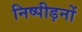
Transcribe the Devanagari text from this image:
निष्पीड़नों